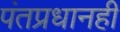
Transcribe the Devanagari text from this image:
पंतप्रधानही